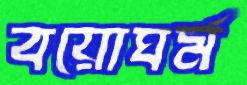
বয়োঘর্ম